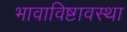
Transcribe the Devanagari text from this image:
भावाविष्टावस्था